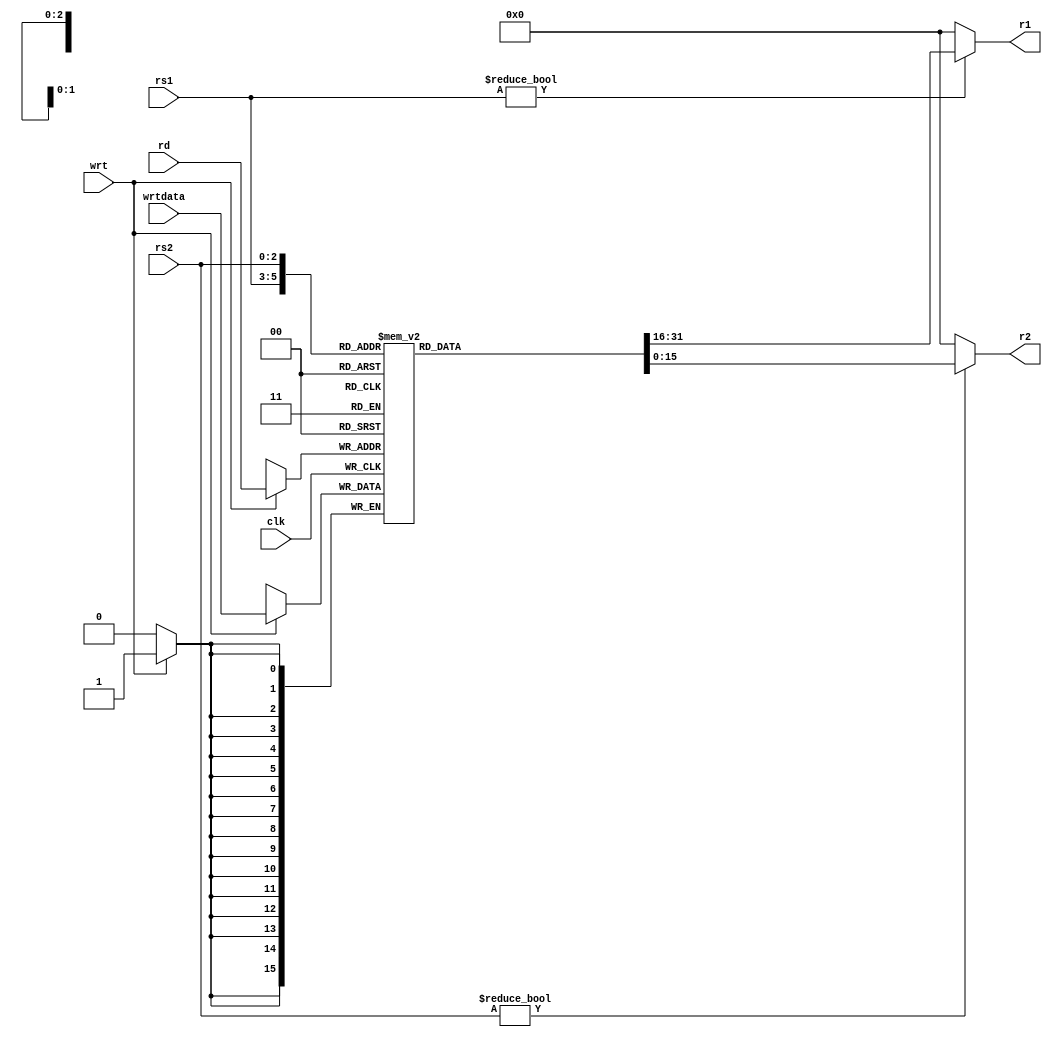
module register(
	input clk,
	input wrt,
	input [2:0]rs1,
	input [2:0]rs2,
	input [2:0]rd,
	input [15:0]wrtdata,
	output [15:0]r1,
	output[15:0]r2
);

	reg [15:0] rgstr[7:0];
	
	always @ (negedge clk)
		begin
	 if (wrt) rgstr[rd] <= wrtdata;
	 end
	assign r1 = (rs1!=0) ? rgstr[rs1]:1'b0;
	assign r2 = (rs2!=0) ? rgstr[rs2]:1'b0;
	
endmodule